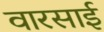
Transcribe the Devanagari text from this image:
वारसाई